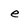
Character: e